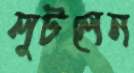
লুটলেন